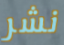
نشر